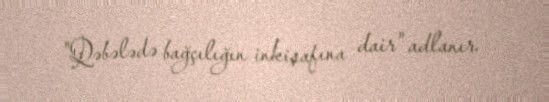
"Qəbələdə bağçılığın inkişafına dair" adlanır.